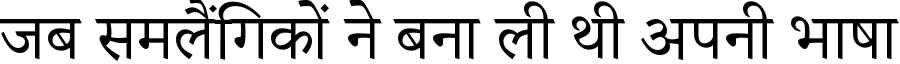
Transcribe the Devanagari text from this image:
जब समलैंगिकों ने बना ली थी अपनी भाषा